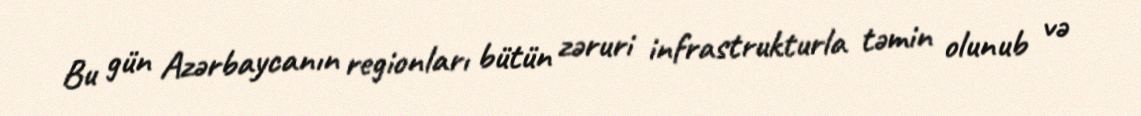
Bu gün Azərbaycanın regionları bütün zəruri infrastrukturla təmin olunub və